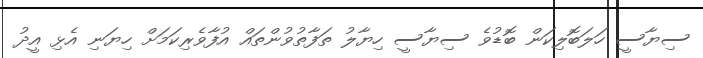
ސިޔާސީ ހަލަބޮލިކަން ބޮޑުވެ ސިޔާސީ ހިޔާލު ތަފާތުވުންތައް އުފާވެރިކަމަށް ހިޔަނި އެޅި އީދު